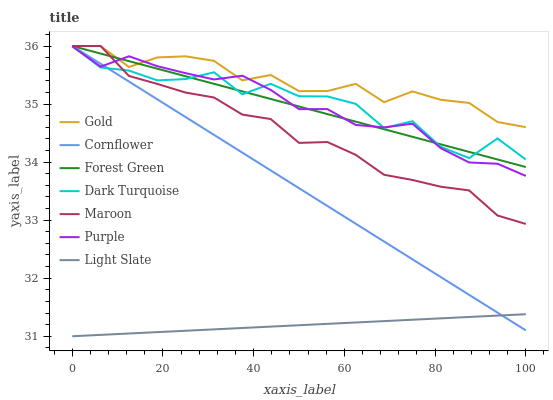
| xaxis_label | Gold | Cornflower | Forest Green | Dark Turquoise | Maroon | Purple | Light Slate |
 | --- | --- | --- | --- | --- | --- | --- | --- |
 | 0 | 36 | 36 | 36 | 36 | 36 | 36 | 31 |
 | 6.25 | 36 | 35.7 | 35.9 | 35.6 | 36 | 35.6 | 31 |
 | 12.5 | 35.6 | 35.4 | 35.7 | 35.6 | 35.5 | 35.8 | 31 |
 | 18.8 | 35.8 | 35.1 | 35.6 | 35.4 | 35.3 | 35.7 | 31.1 |
 | 25 | 35.8 | 34.8 | 35.5 | 35.4 | 35.2 | 35.5 | 31.1 |
 | 31.2 | 35.7 | 34.5 | 35.3 | 35.5 | 35.1 | 35.4 | 31.1 |
 | 37.5 | 35.4 | 34.2 | 35.2 | 35.2 | 34.8 | 35.5 | 31.1 |
 | 43.8 | 35.5 | 33.9 | 35.1 | 35.3 | 34.7 | 35.2 | 31.2 |
 | 50 | 35.2 | 33.6 | 35 | 35.1 | 34.3 | 34.9 | 31.2 |
 | 56.2 | 35.2 | 33.2 | 34.8 | 35.1 | 34.3 | 34.9 | 31.2 |
 | 62.5 | 35.3 | 32.9 | 34.7 | 35 | 34.1 | 34.6 | 31.2 |
 | 68.8 | 35 | 32.6 | 34.6 | 34.6 | 33.8 | 34.6 | 31.3 |
 | 75 | 35.2 | 32.3 | 34.4 | 34.7 | 33.7 | 34.7 | 31.3 |
 | 81.2 | 35.1 | 32 | 34.3 | 34.3 | 33.6 | 34.2 | 31.3 |
 | 87.5 | 35 | 31.7 | 34.2 | 34.1 | 33.5 | 34 | 31.3 |
 | 93.8 | 34.7 | 31.4 | 34 | 34.4 | 33.1 | 34 | 31.4 |
 | 100 | 34.6 | 31.1 | 33.9 | 34 | 32.9 | 33.8 | 31.4 |